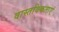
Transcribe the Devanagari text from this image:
वास्तविकताएं